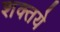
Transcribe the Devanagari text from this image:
शक्तये